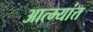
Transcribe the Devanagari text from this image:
आत्म्यांत